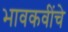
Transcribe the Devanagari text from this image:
भावकवींचे